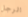
الرجل